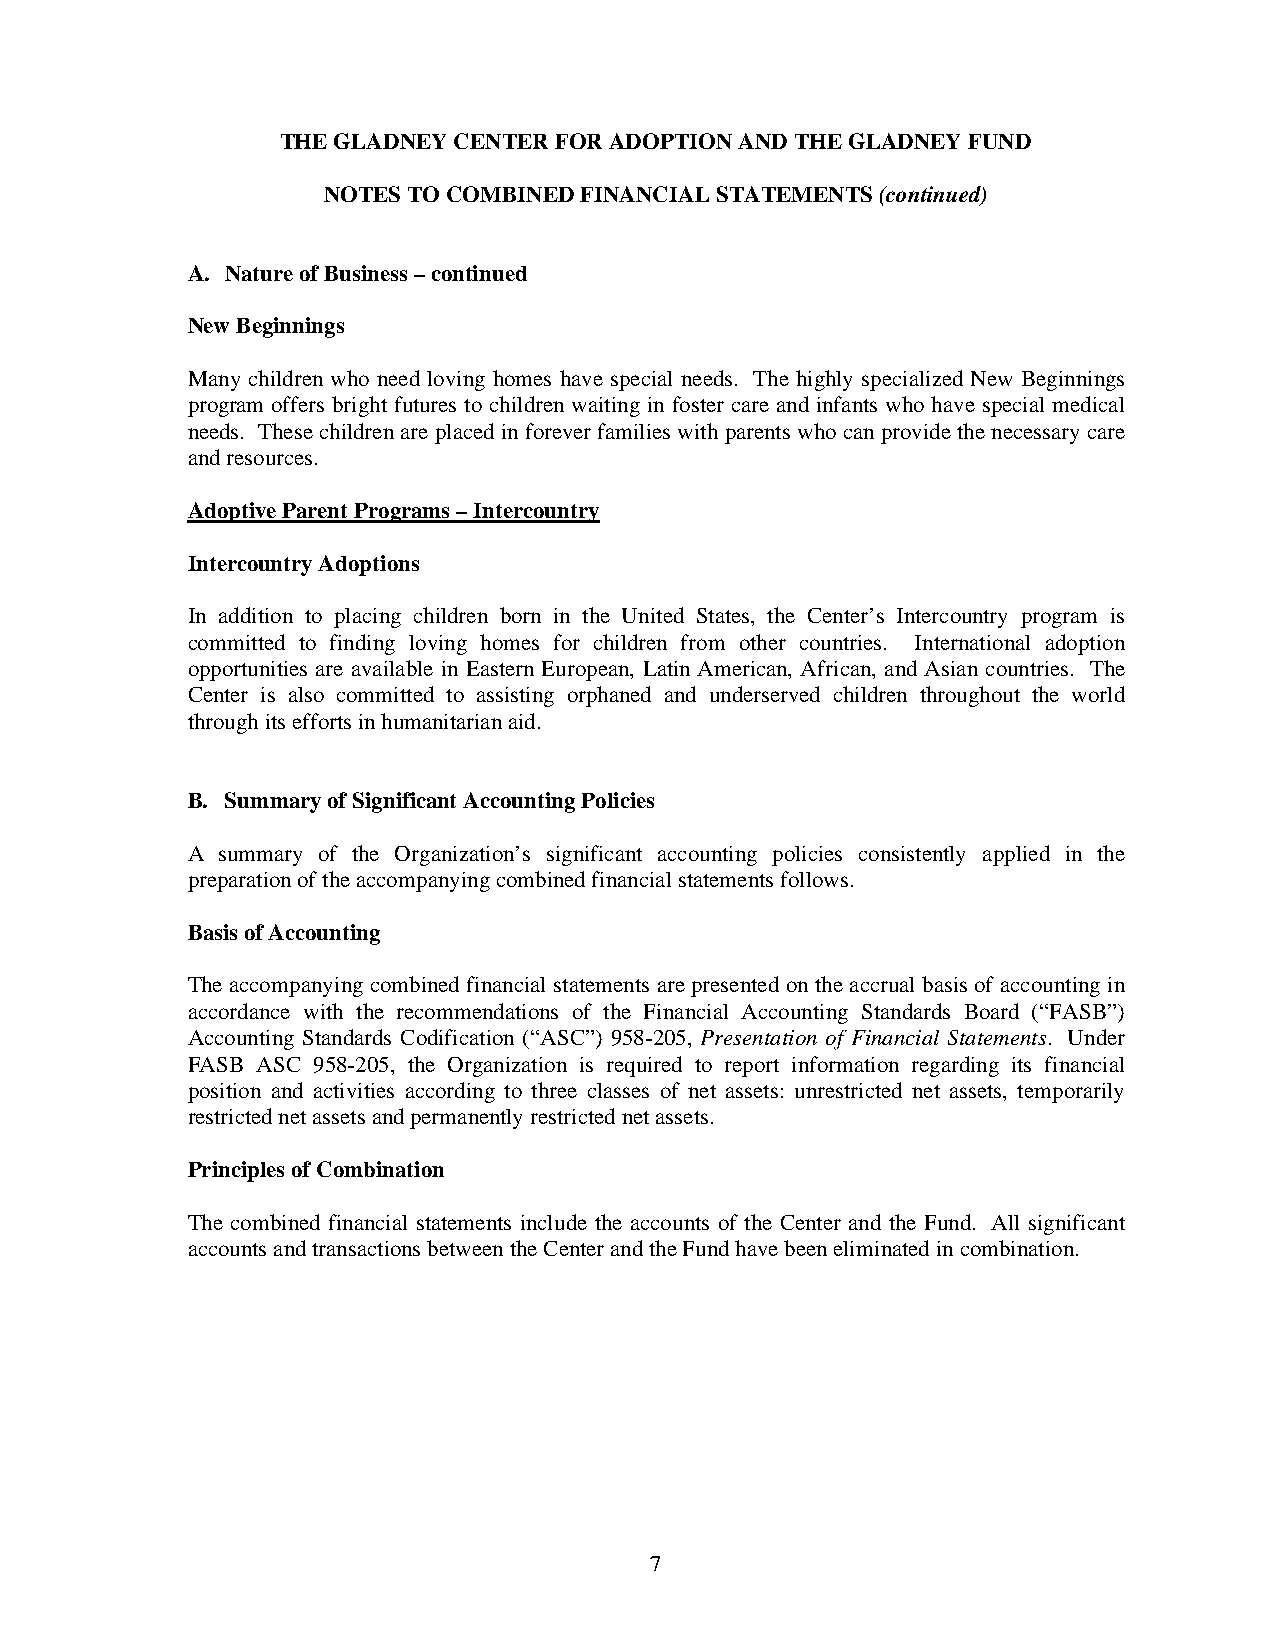
THE GLADNEY CENTER FOR ADOPTION AND THE GLADNEY FUND
 NOTES TO COMBINED FINANCIAL STATEMENTS (continued)
 A. Nature of Business – continued
 New Beginnings
 Many children who need loving homes have special needs. The highly specialized New Beginnings
 program offers bright futures to children waiting in foster care and infants who have special medical
 needs. These children are placed in forever families with parents who can provide the necessary care
 and resources.
 Adoptive Parent Programs – Intercountry
 Intercountry Adoptions
 In addition to placing children born in the United States, the Center’s Intercountry program is
 committed to finding loving homes for children from other countries. International adoption
 opportunities are available in Eastern European, Latin American, African, and Asian countries. The
 Center is also committed to assisting orphaned and underserved children throughout the world
 through its efforts in humanitarian aid.
 B. Summary of Significant Accounting Policies
 A summary of the Organization’s significant accounting policies consistently applied in the
 preparation of the accompanying combined financial statements follows.
 Basis of Accounting
 The accompanying combined financial statements are presented on the accrual basis of accounting in
 accordance with the recommendations of the Financial Accounting Standards Board (“FASB”)
 Accounting Standards Codification (“ASC”) 958-205, Presentation of Financial Statements. Under
 FASB ASC 958-205, the Organization is required to report information regarding its financial
 position and activities according to three classes of net assets: unrestricted net assets, temporarily
 restricted net assets and permanently restricted net assets.
 Principles of Combination
 The combined financial statements include the accounts of the Center and the Fund. All significant
 accounts and transactions between the Center and the Fund have been eliminated in combination.
 7